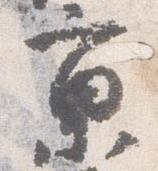
京